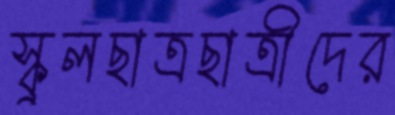
স্কুলছাত্রছাত্রীদের